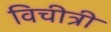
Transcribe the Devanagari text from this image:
विचीत्री